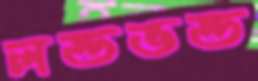
লন্ডভন্ড